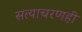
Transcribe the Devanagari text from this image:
सत्याचरणही